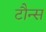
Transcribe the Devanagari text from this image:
टौन्स